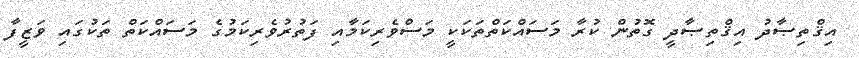
އިޤްތިޞާދު އިޤްތިޞާދީ ގޮތުން ކުރާ މަސައްކަތްތަކަކީ މަސްވެރިކަމާއި ފަތުރުވެރިކަމުގެ މަސައްކަތް ތަކުގައި ވަޒީފާ